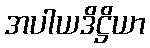
အပါယဒိဋ္ဌိယာ